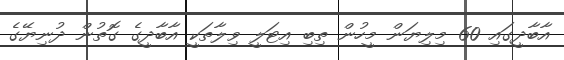
އާބާދީގައި 60 މިލިޔަން މީހުން ތިބި އިޓަލީ ވިލާތަކީ އާބާދީގެ ގޮތުން ދުނިޔޭގެ